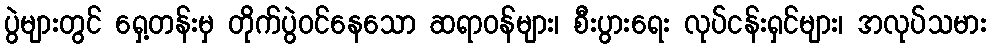
ပွဲများတွင် ရှေ့တန်းမှ တိုက်ပွဲဝင်နေသော ဆရာဝန်များ၊ စီးပွားရေး လုပ်ငန်းရှင်များ၊ အလုပ်သမား